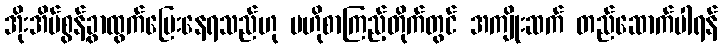
အိုးအိမ်စွန့်ခွာထွက်ပြေးနေရသည်ဟု ဗဟိုစာကြည့်တိုက်တွင် အကျိုးဆက် တည်ဆောက်ပါရန်